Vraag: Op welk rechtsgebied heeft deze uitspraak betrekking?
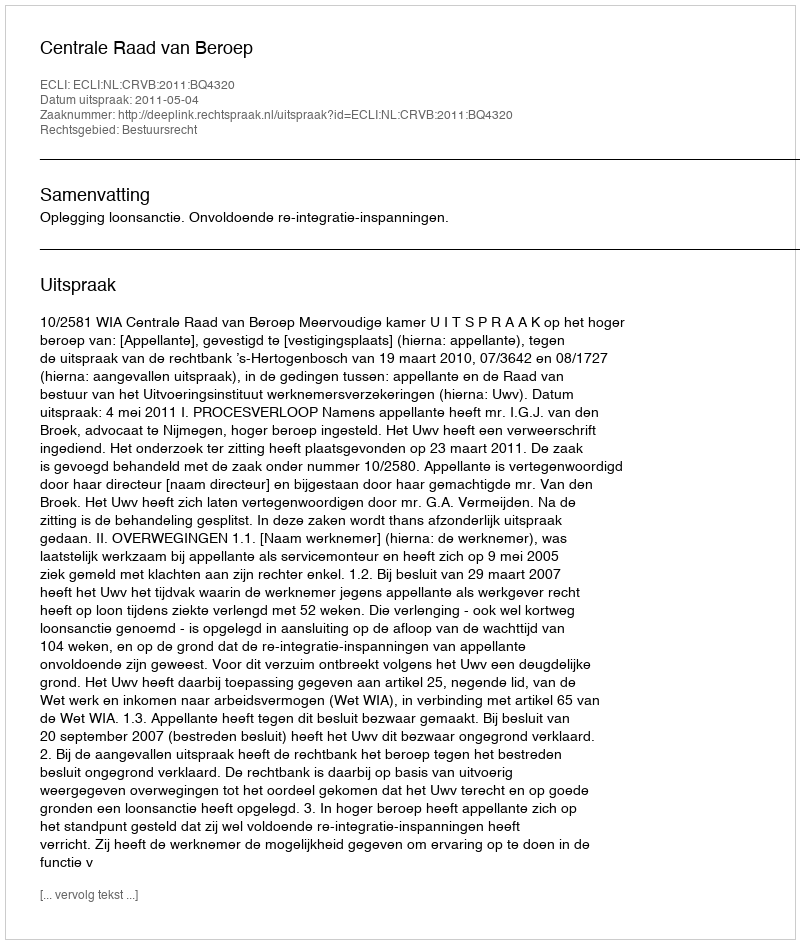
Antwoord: Bestuursrecht